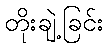
တိုးချဲ့ခြင်း